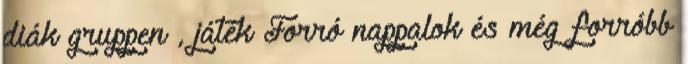
diák gruppen , játék Forró nappalok és még forróbb